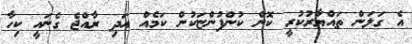
އެ ގަލަން ތައްޔާރުކުރީ ކޮން ކުންފުންޏަކުން ކަމެއް އަދި ރާއްޖެ ގެނައީ ކިހާ